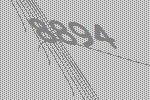
8894